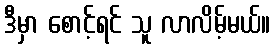
ဒီမှာ စောင့်ရင် သူ လာလိမ့်မယ်။